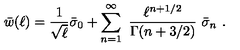
\bar { w } ( \ell ) = { \frac { 1 } { \sqrt { \ell } } } \bar { \sigma } _ { 0 } + \sum _ { n = 1 } ^ { \infty } \ { \frac { \ell ^ { n + 1 / 2 } } { \Gamma ( n + 3 / 2 ) } } \ \bar { \sigma } _ { n } \ .